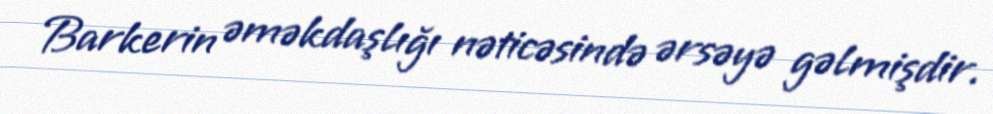
Barkerin əməkdaşlığı nəticəsində ərsəyə gəlmişdir.